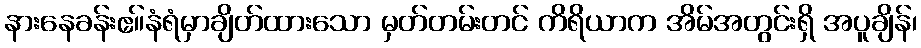
နားနေခန်းဧ။်နံရံမှာချိတ်ထားသော မှတ်တမ်းတင် ကိရိယာက အိမ်အတွင်းရှိ အပူချိန်၊